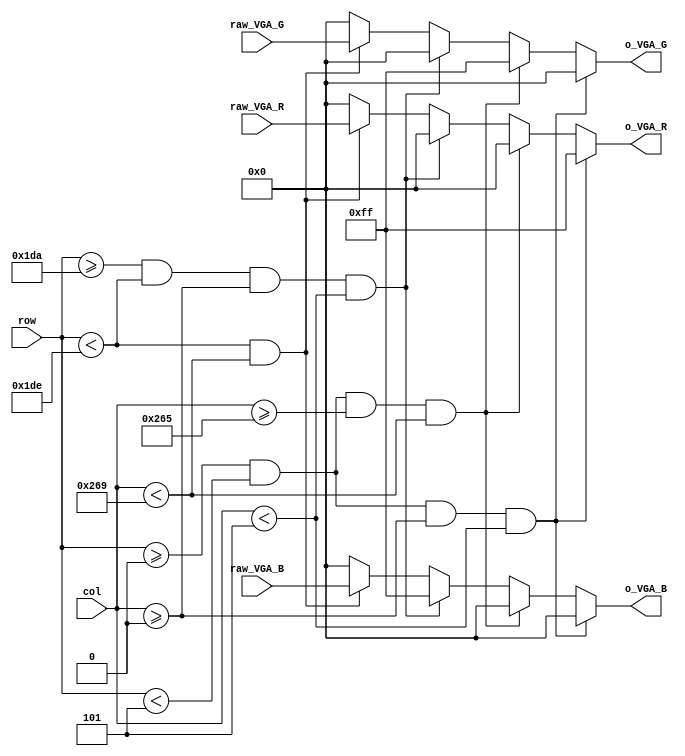
module RGB_Process(
	input  [7:0] raw_VGA_R,
	input  [7:0] raw_VGA_G,
	input  [7:0] raw_VGA_B,
	input  [12:0] row,
	input  [12:0] col,

	output reg [7:0] o_VGA_R,
	output reg [7:0] o_VGA_G,
	output reg [7:0] o_VGA_B
);

always @(*)begin
if (row >= 0 && row < 5 && col>=0 && col < 5) begin ///up left - red 
	o_VGA_R = 8'b11111111;
	o_VGA_G = 8'b00000000;
	o_VGA_B = 8'b00000000;
end

else if (row >= 0 && row < 5 && col>=613 && col < 617) begin //up right - Green 
	o_VGA_R = 8'b00000000;
	o_VGA_G = 8'b11111111;
	o_VGA_B = 8'b00000000;

end

else if (row >= 474 && row < 478 && col>=0 && col < 5) begin //bottom left - Blue
	o_VGA_R = 8'b00000000;
	o_VGA_G = 8'b00000000;
	o_VGA_B = 8'b11111111;

end

else if (row < 478 && col < 617) begin //bottom right - white
	o_VGA_R = raw_VGA_R;
	o_VGA_G = raw_VGA_G;
	o_VGA_B = raw_VGA_B;
end
else begin //camera out of the range should always be 0
	o_VGA_R = 8'b000000000;
	o_VGA_G = 8'b000000000;
	o_VGA_B = 8'b000000000;

	end
end

endmodule